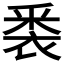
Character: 𮖈